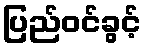
ပြည်ဝင်ခွင့်